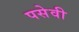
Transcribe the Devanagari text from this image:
पसेवी